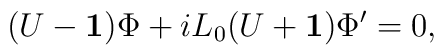
(U-{\bf 1})\Phi + iL_0 (U+{\bf 1})\Phi' =0,